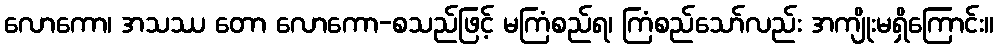
လောကော၊ အသဿ တော လောကော-စသည်ဖြင့် မကြံစည်ရ၊ ကြံစည်သော်လည်း အကျိုးမရှိကြောင်း။